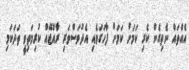
އެއްތައް ނެތިގެން ކެރި ކަމަށް ކަމަށް ފާހަގަވެއި އެދުވަސްވަރި ރާއްޖޭއް ކުރިމަތިވީ ތަދަކަމި